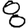
Digit: 8